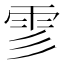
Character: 𩁺